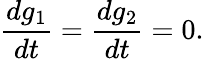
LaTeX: {\frac{dg_{1}}{dt}}={\frac{dg_{2}}{dt}}=0.